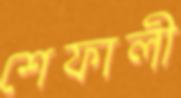
শেফালী